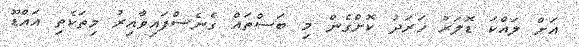
އަށް ލައްކަ ޑޮލަރު ޚަރަދު ކޮށްގެން މި ބަސްތައް ގެނެސްފައިވާއިރު މިތަކެތި އައްޑޫ